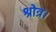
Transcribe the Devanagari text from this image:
श्रोत्र।